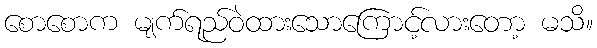
စောစောက မျက်ရည်ဝဲထားသောကြောင့်လားတော့ မသိ။